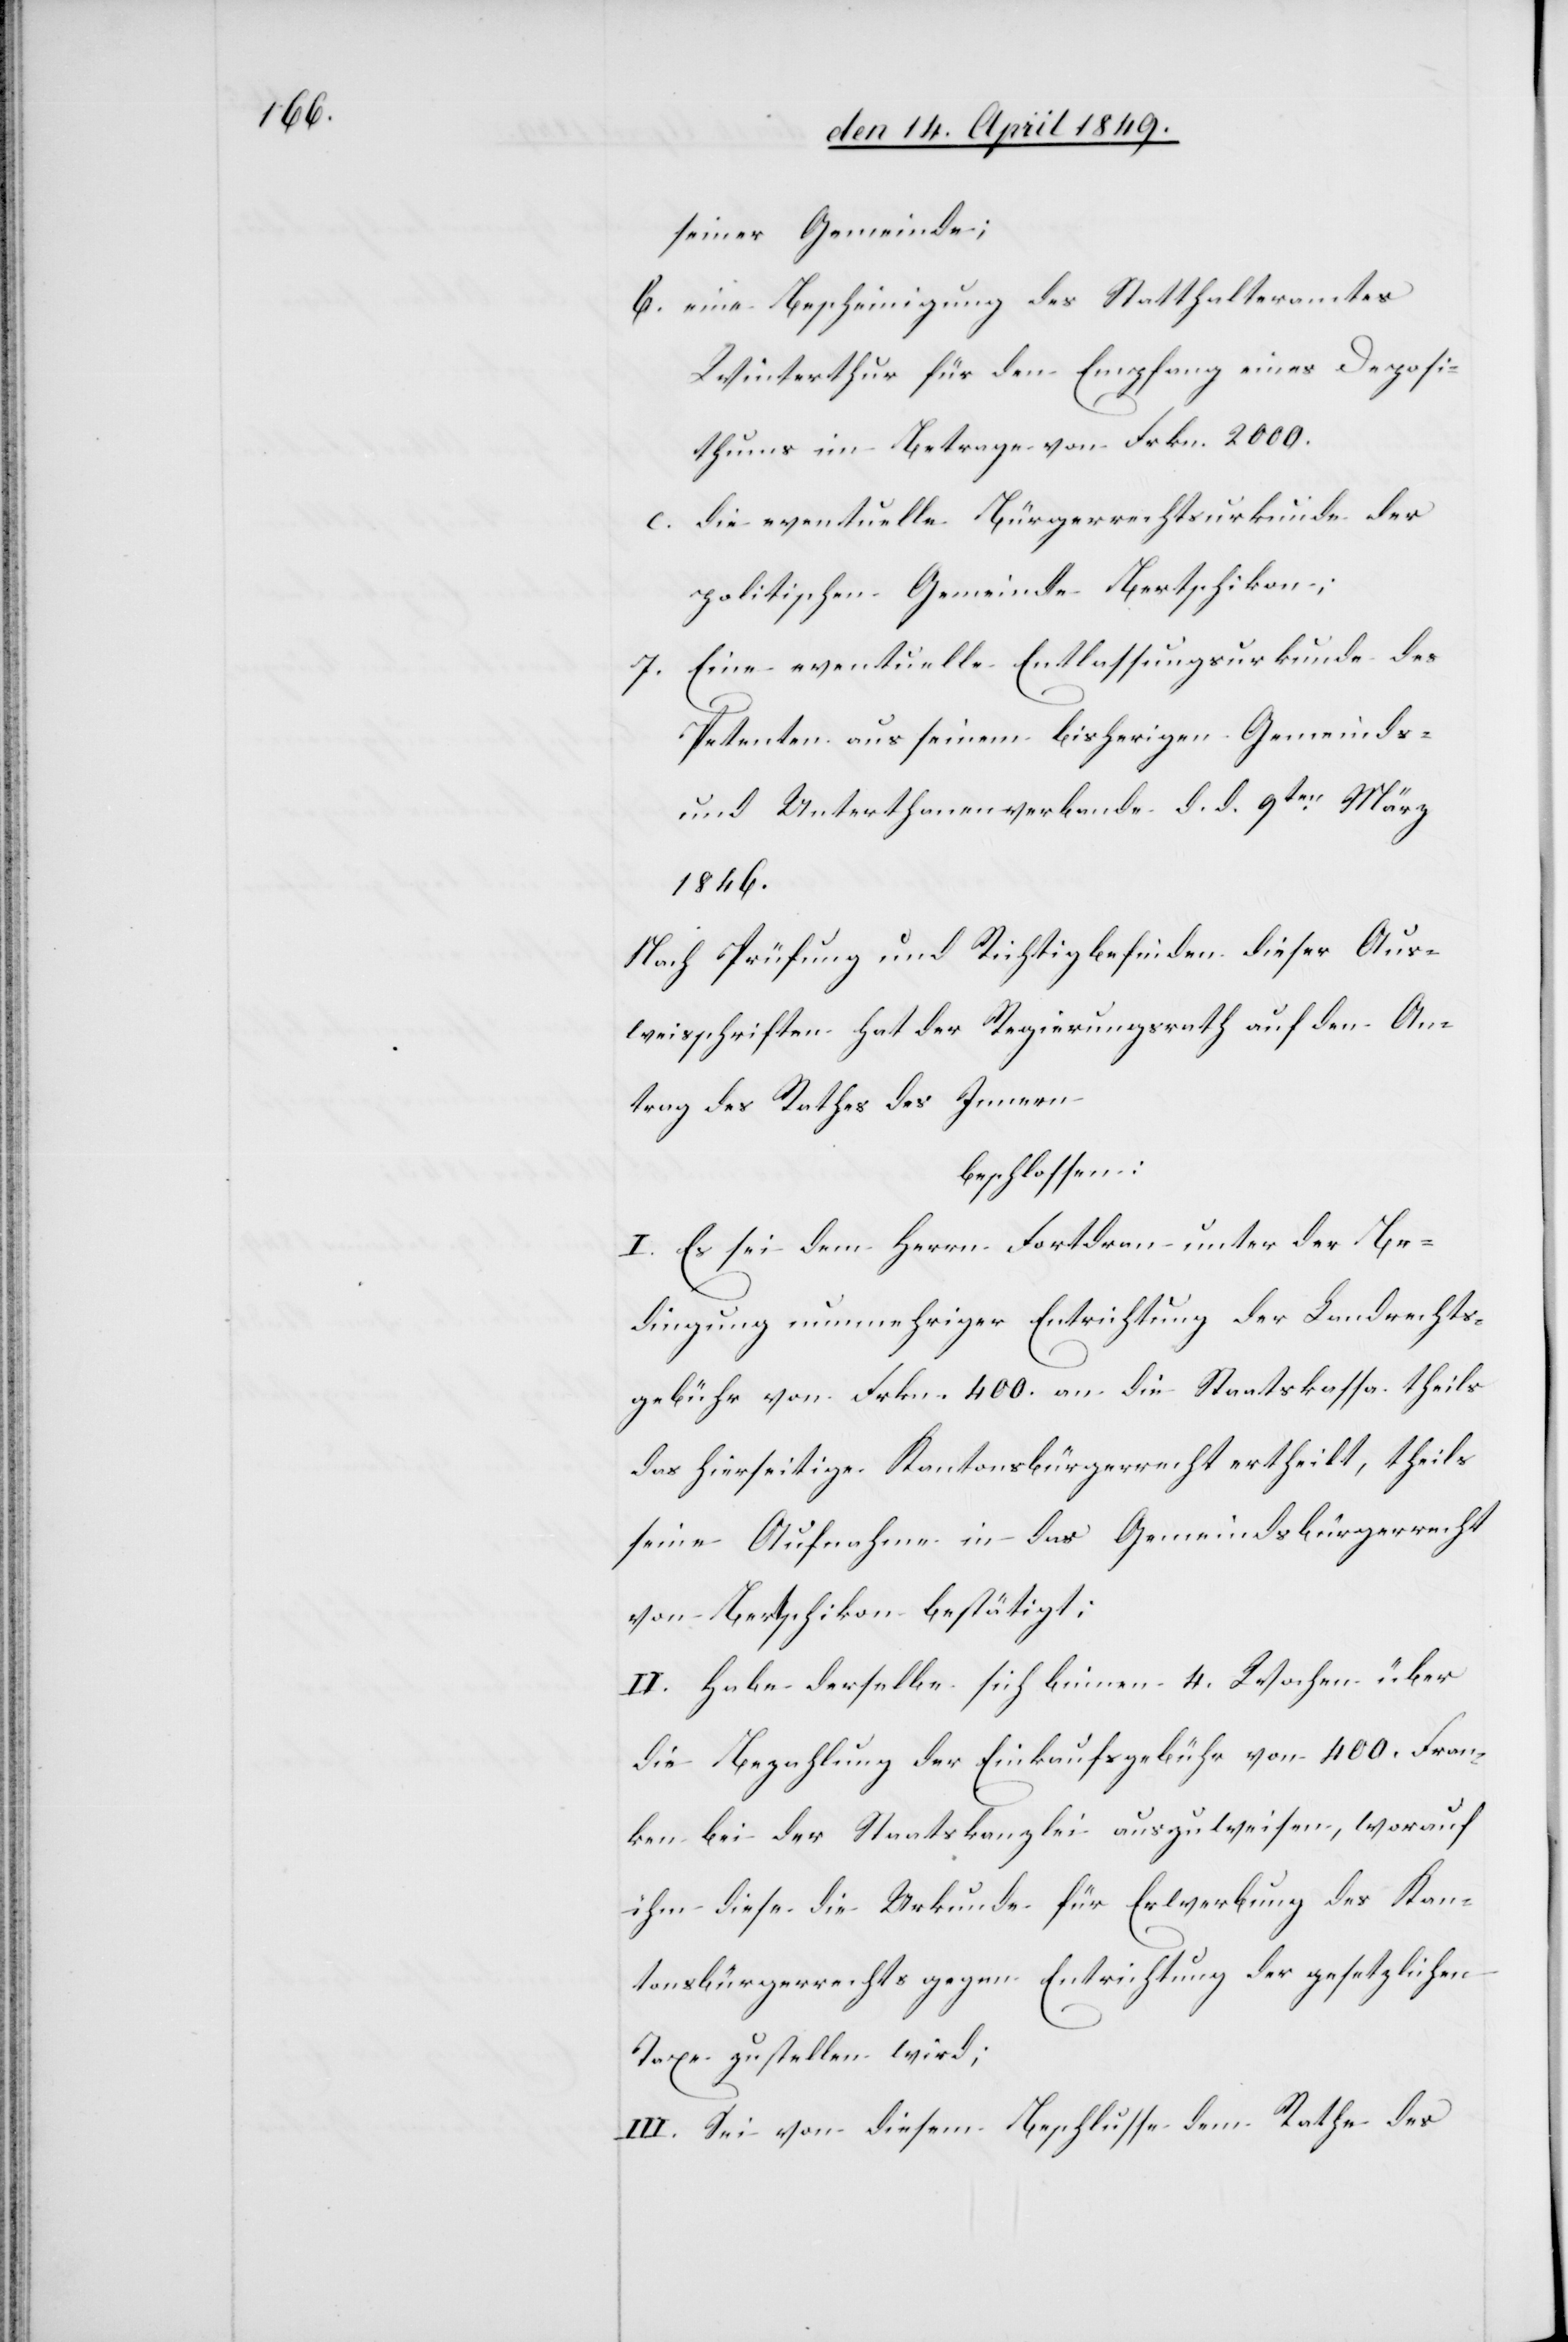
seiner Gemeinde;
b. eine Bescheinigung des Statthalteramtes
Winterthur für den Empfang eines Deposi¬
thums im Betrage von Frkn. 2000.
c. die eventuelle Bürgerrechtsurkunde der
politischen Gemeinde Bertschikon;
7. Eine eventuelle Entlassungsurkunde des
Petenten aus seinem bisherigen Gemeinds-
und Unterthanenverbande d. d. 9ten März
1846.
Nach Prüfung und Richtigbefinden dieser Aus¬
weisschriften hat der Regierungsrath auf den An¬
trag des Rathes des Innern
beschlossen:
I. Es sei dem Herrn Fortdran unter die Be¬
dingung nunmehriger Entrichtung der Landrechts¬
gebühr von Frkn. 400. an die Staatskassa theils
das hierseitige Kantonsbürgerrecht ertheilt, theils
seine Aufnahme in das Gemeindsbürgerrecht
von Bertschikon bestätigt;
II. Habe derselbe sich binnen 4. Wochen über
die Bezahlung der Einkaufsgebühr von 400. Fran¬
ken bei der Staatskanzlei auszuweisen, worauf
ihm diese die Urkunde für Erwerbung des Kan¬
tonsbürgerrechts gegen Entrichtung der gesetzlichen
Taxe zustellen wird;
III. Sei von diesem Beschlusse dem Rathe des